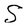
Character: S